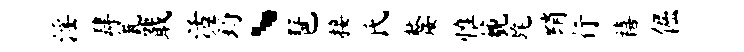
淫肆瓮戢活筠、琶接氏嫠惟藐旄绡行禧倔